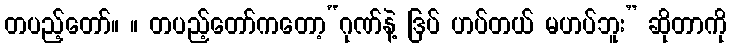
တပည့်တော်။ ။ တပည့်တော်ကတော့“ဂုဏ်နဲ့ ဒြပ် ဟပ်တယ် မဟပ်ဘူး” ဆိုတာကို